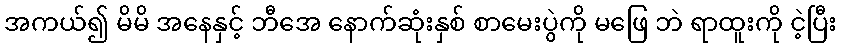
အကယ်၍ မိမိ အနေနှင့် ဘီအေ နောက်ဆုံးနှစ် စာမေးပွဲကို မဖြေ ဘဲ ရာထူးကို ငဲ့ပြီး